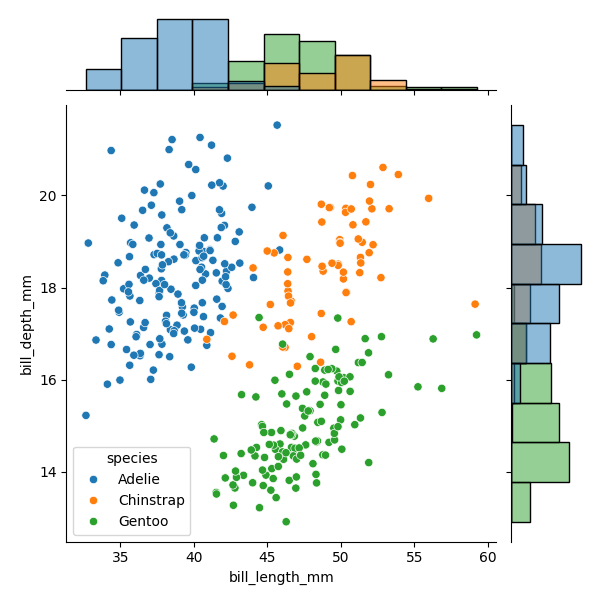
python, seaborn, JointGrid, scatterplot, histplot, hue